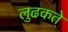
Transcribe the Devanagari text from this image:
लुढकते